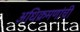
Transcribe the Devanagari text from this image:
अधिक्रमणांची